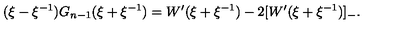
( \xi - \xi ^ { - 1 } ) G _ { n - 1 } ( \xi + \xi ^ { - 1 } ) = W ^ { \prime } ( \xi + \xi ^ { - 1 } ) - 2 [ W ^ { \prime } ( \xi + \xi ^ { - 1 } ) ] _ { - } .